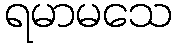
ရမာမသေ